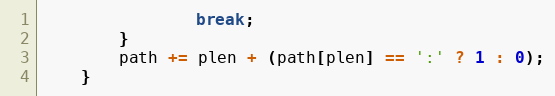
Language: C
                break;
        }
        path += plen + (path[plen] == ':' ? 1 : 0);
    }